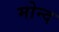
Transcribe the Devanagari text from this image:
मोन्‍द